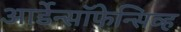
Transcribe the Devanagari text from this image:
आर्डेन्सॉफेन्सिव्ह